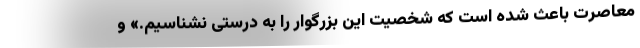
معاصرت باعث شده است که شخصیت این بزرگوار را به درستی نشناسیم.» و